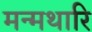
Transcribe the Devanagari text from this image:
मन्मथारि